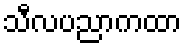
သီလပညာကထာ